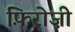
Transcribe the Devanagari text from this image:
फ़िरोज़ी